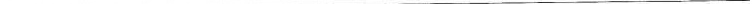
___